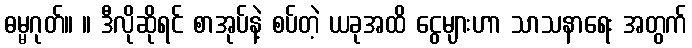
ဓမ္မဂုတ်။ ။ ဒီလိုဆိုရင် စာအုပ်နဲ့ စပ်တဲ့ ယခုအထိ ငွေများဟာ သာသနာရေး အတွက်